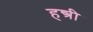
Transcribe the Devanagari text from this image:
हन्त्री